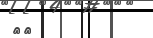
١٤